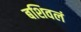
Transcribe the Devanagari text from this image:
बशिवलं